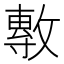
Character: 𭤈